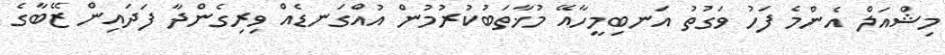
މިޝްއަލް އެންމެ ފަހު ވަގުތު އަނބިމީހާއޭ މުޚާތަބުކުރުމުން އުއްގަނޑެއް ވިރިގެންދާ ފަދައިން ޒޭބާގެ